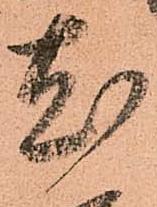
尤